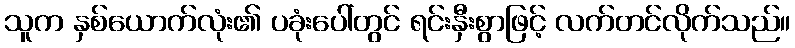
သူက နှစ်ယောက်လုံး၏ ပခုံးပေါ်တွင် ရင်းနှီးစွာဖြင့် လက်တင်လိုက်သည်။